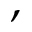
,